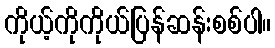
ကိုယ့်ကိုကိုယ်ပြန်ဆန်းစစ်ပါ။